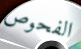
الفحوص